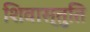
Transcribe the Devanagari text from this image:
शिवास्तुति